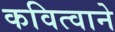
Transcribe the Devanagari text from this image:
कवित्वाने